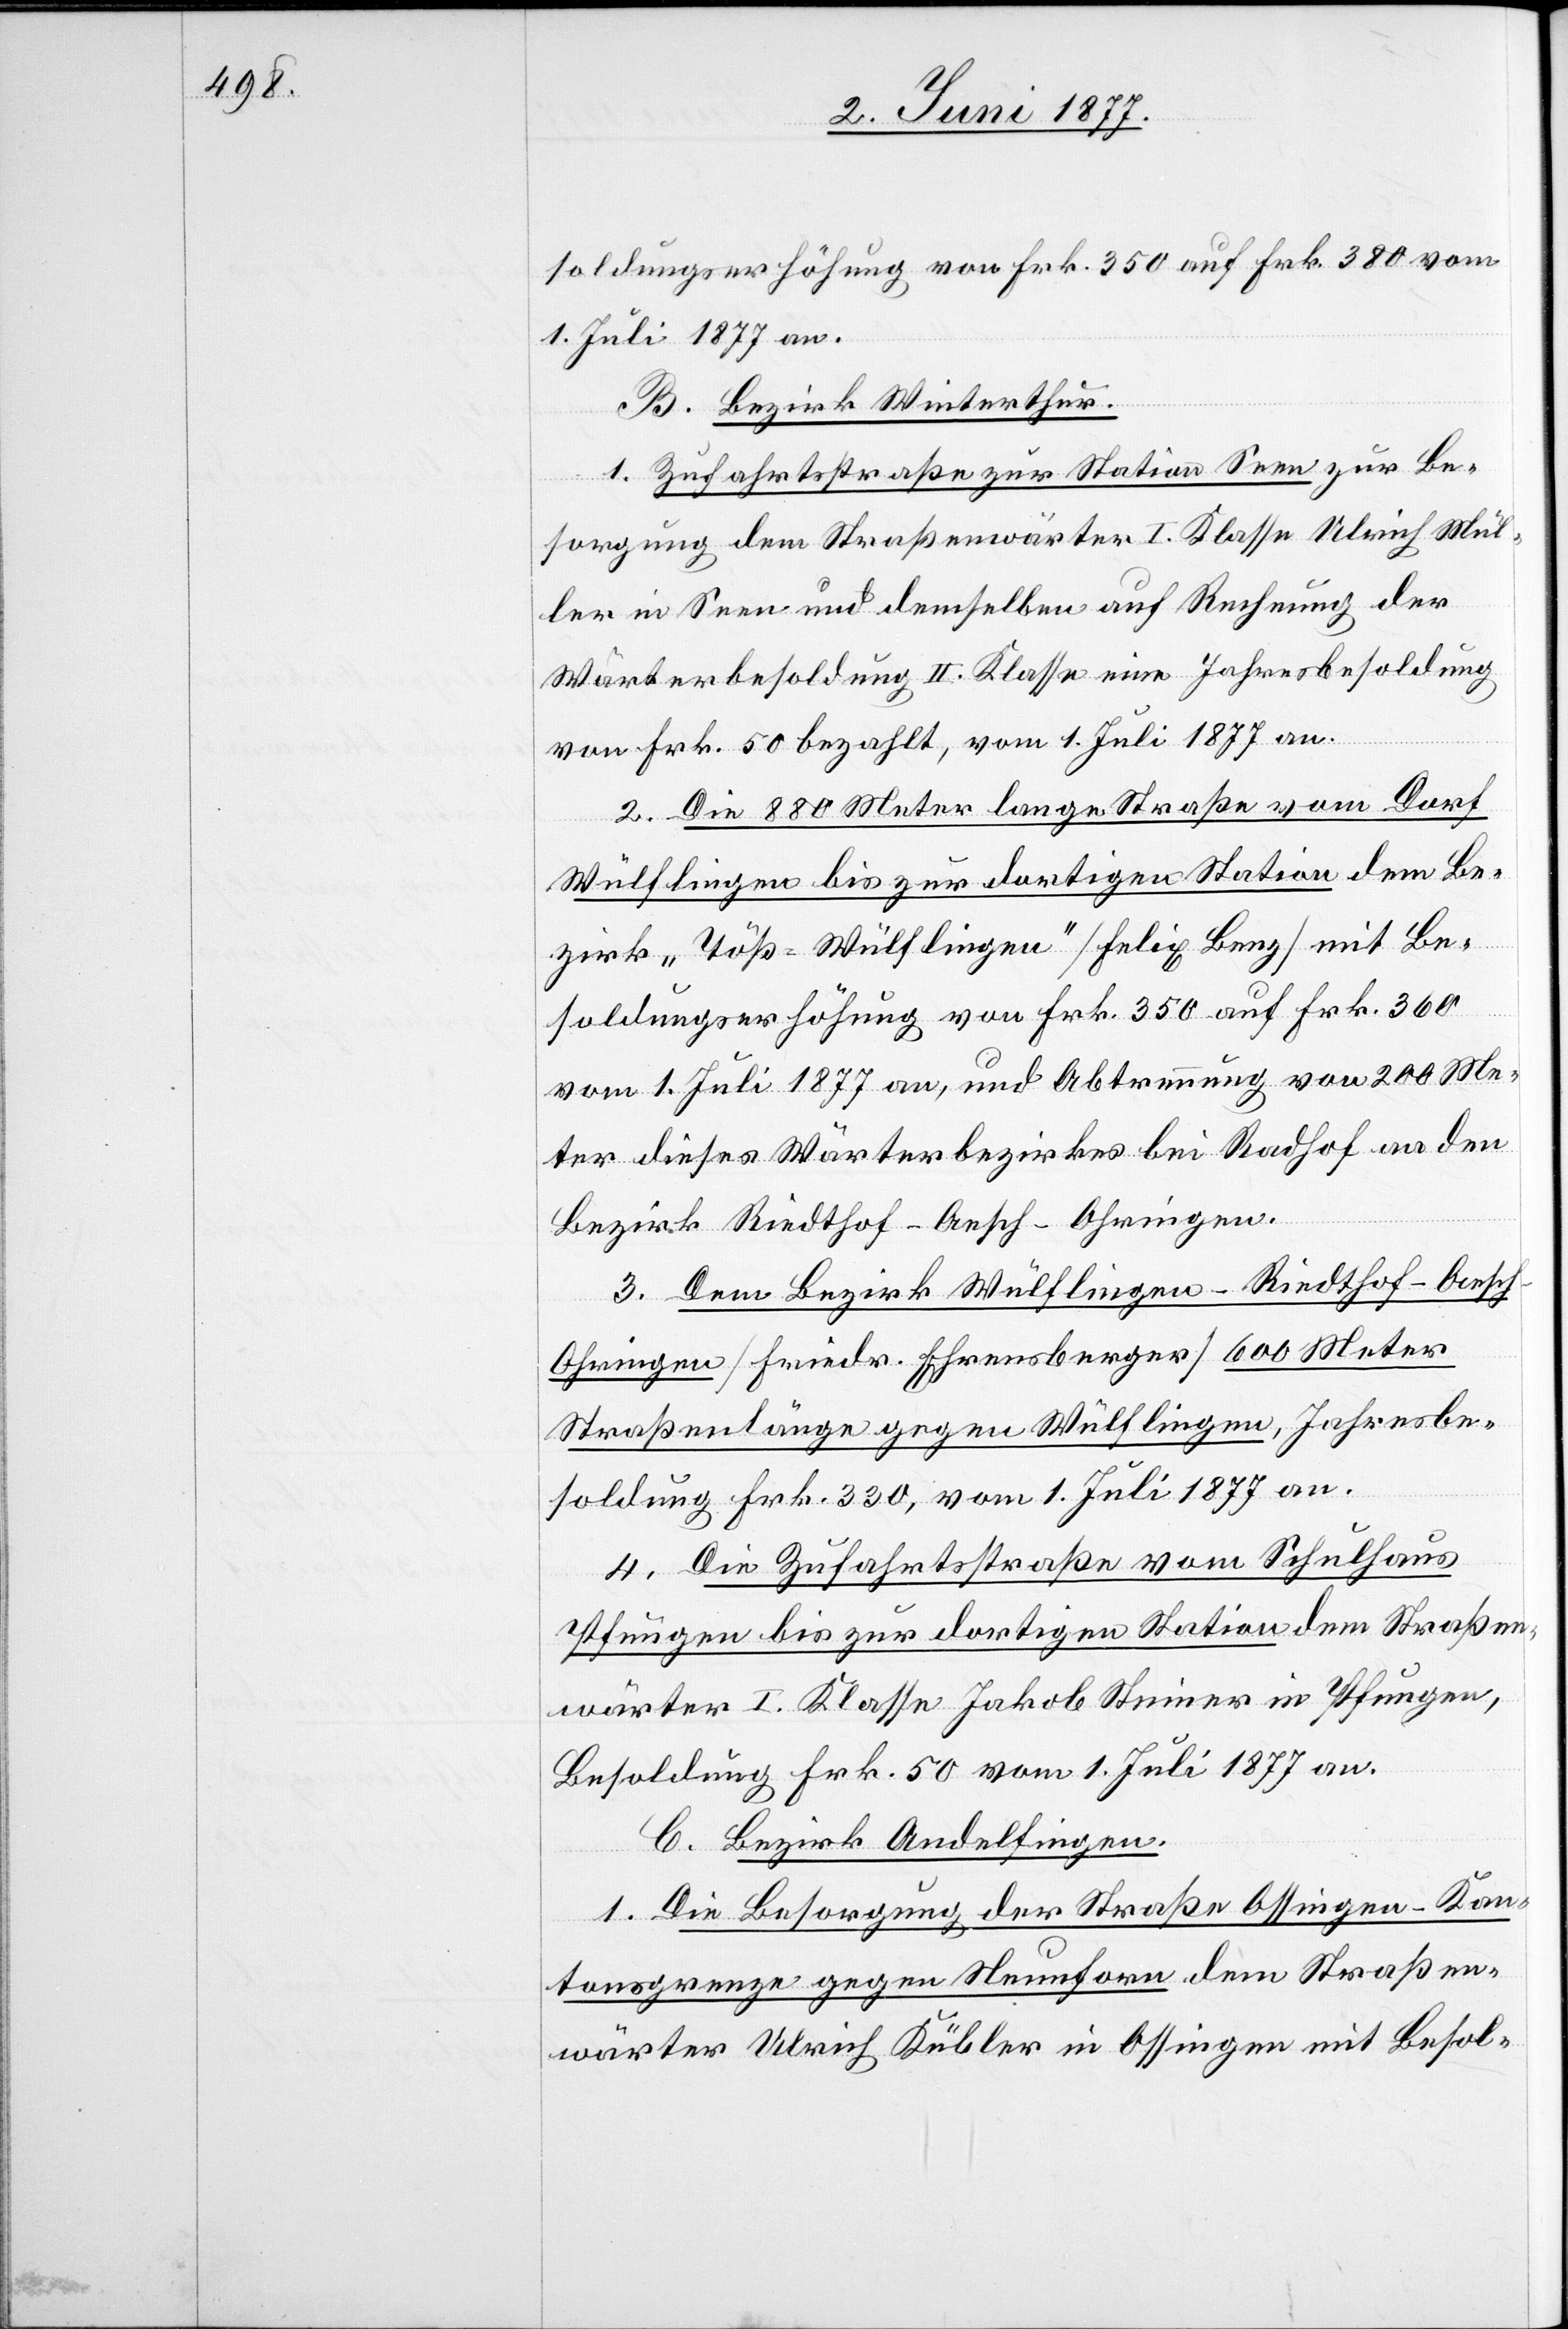
soldungserhöhung von Frk. 350 auf Frk. 380 vom
1. Juli 1877 an.
B. Bezirk Winterthur.
1. Zufahrtsstraße zur Station Seen zur Be¬
Andelfingen.
sorgung dem Straßenwärter I. Klasse Ulrich Mül¬
ler in Seen und demselben auf Rechnung der
Wärterbesoldung II. Klasse eine Jahresbesoldung
von Frk. 50 bezahlt, vom 1. Juli 1877 an.
2. Die 880 Meter lange Straße vom Dorf
Wülflingen bis zur dortigen Station dem Be¬
zirk „Töß-Wülflingen“ [Felix Benz] mit Be¬
soldungserhöhung von Frk. 350 auf Frk. 360
vom 1. Juli 1877 an, und Abtrennung von 200 Me¬
ter dieses Wärterbezirkes bei Radhof aa
Bezirk Riedthof-Aesch-Ohringen.
3. Dem Bezirk Wülflingen-Riedthof-Aesc¬
h-Ohringen [Friedr. Ehrensberger] 600 Meter
Straßenlänge gegen Wülflingen, Jahresbe¬
soldung Frk. 330, vom 1. Juli 1877 an.
4. Die Zufahrtsstraße vom Schulhaus
Pfungen bis zur dortigen Station dem Straßen¬
wärter I. Klasse Jakob Steiner in Pfungen,
Besoldung Frk. 50 vom 1. Juli 1877 an.
1. Die Besorgung der Straße Ossingen-Kan¬
tonsgrenze gegen Neunforn dem Straßen¬
wärter Ulrich Kübler in Ossingen mit Besol-